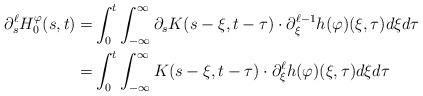
LaTeX: \begin{align*}\partial_s^\ell H_0^\varphi (s,t)=&\int_0^t\int_{-\infty}^{\infty}\partial_s K(s-\xi,t-\tau)\cdot \partial_\xi^{\ell-1} h(\varphi)(\xi,\tau)d\xi d\tau \\=&\int_0^t\int_{-\infty}^{\infty} K(s-\xi,t-\tau)\cdot \partial_\xi^\ell h(\varphi)(\xi,\tau)d\xi d\tau \end{align*}